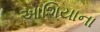
આશિયાના